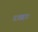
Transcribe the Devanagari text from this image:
रखाः